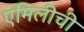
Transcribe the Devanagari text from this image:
एमिलीची